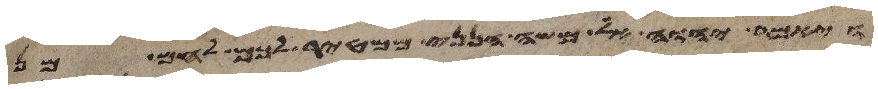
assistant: ויאמר יהוה אל משה הנני ממטיר לכם לחם מן